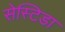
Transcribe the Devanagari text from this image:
सेस्टिडा